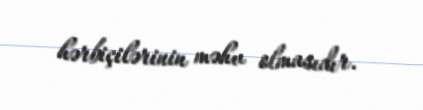
hərbiçilərinin məhv olmasıdır.